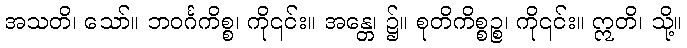
အသတိ၊ သော်။ ဘဝင်္ဂကိစ္စ၊ ကို၎င်း။ အန္တေ၊ ၌။ စုတိကိစ္စဉ္စ၊ ကို၎င်း။ ဣတိ၊ သို့။